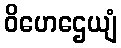
ဝိဟေဌေယျံ